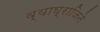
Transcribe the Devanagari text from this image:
व्याघ्राजिने